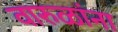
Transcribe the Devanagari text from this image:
वारुळांना